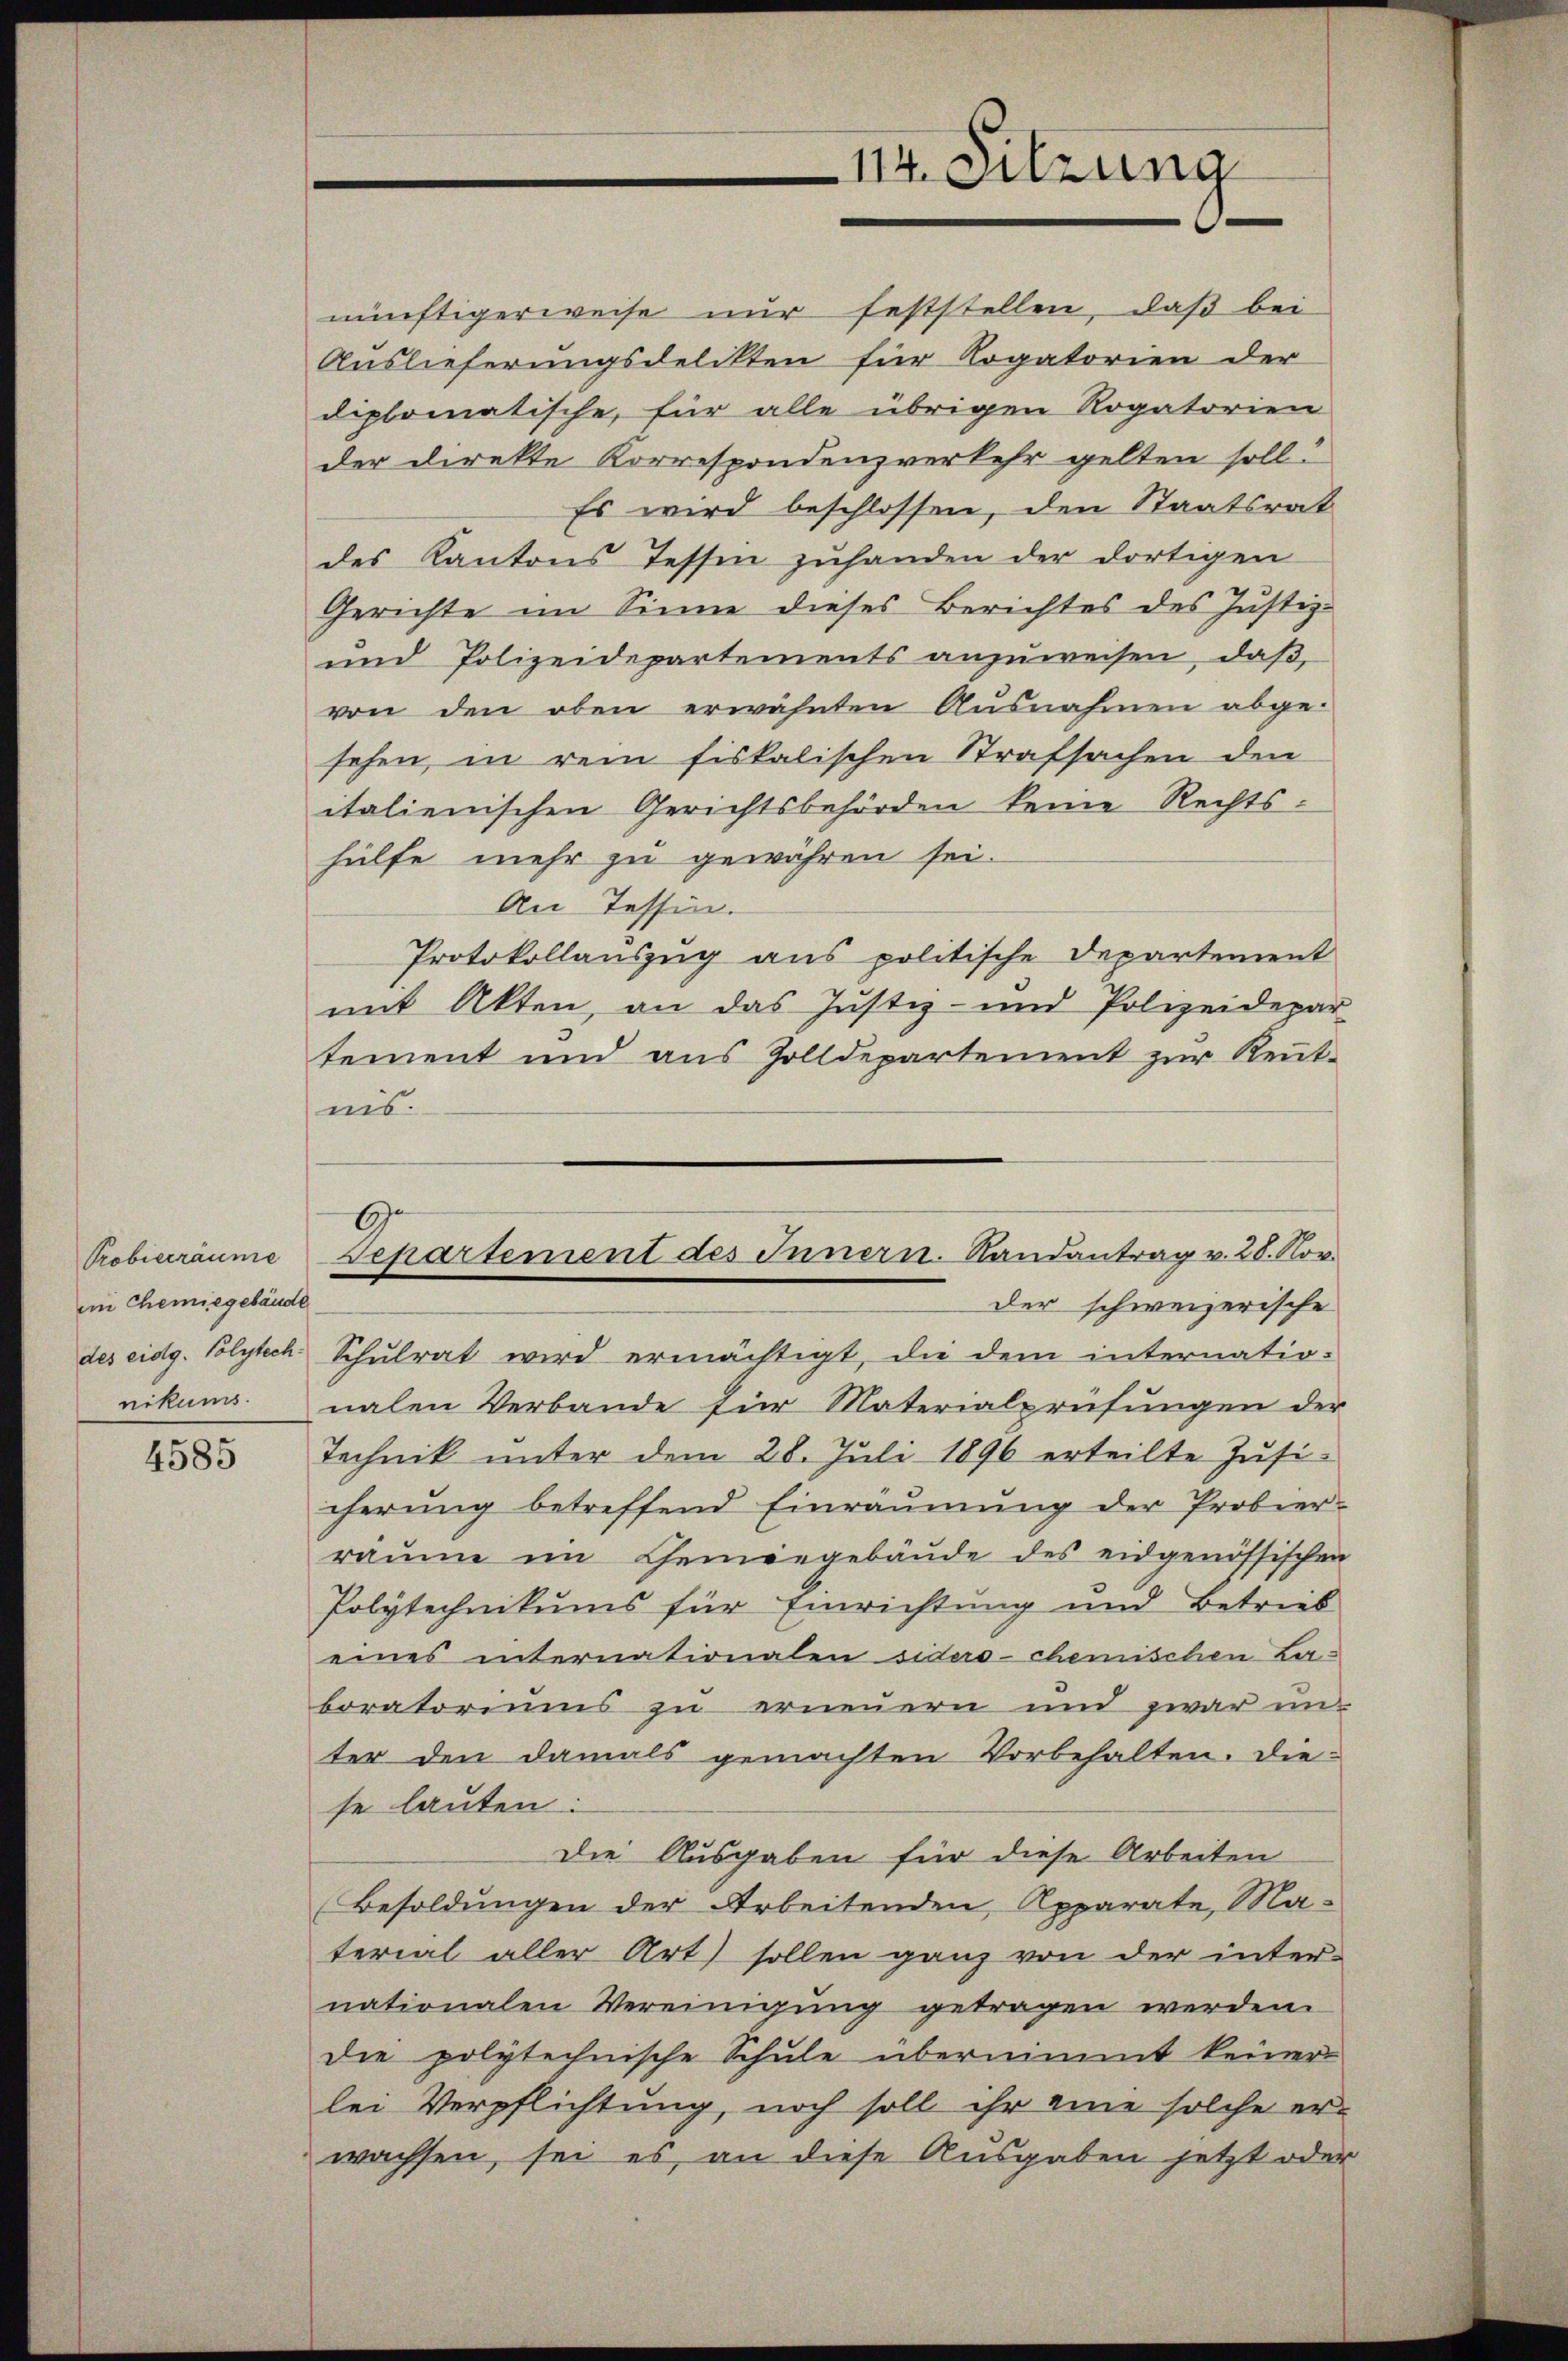
Probierräume
im Chemiegebäude
des eidg. Polytech

4585

nünftigerweise nur feststellen, daß bei
Auslieferungsdelikten für Rogatorien der
diplomatische, für alle übrigen Rogatorien
der Direkte Korrespondenz verkehr gelten soll?
Es wird beschlossen, den Staatsrat
des Kantons Tessen zuhanden der dortigen
Gerichte im Sinne dieses Berichtes des Justiz-
und Polizeidepartements anzuweisen, daß,
von den oben erwähnten Ausnahmen abge-
sehen, in rein fiskalischen Strafsachen den
italienischen Gerichtsbehörden keine Rechts-
hülfe mehr zu gewähren sei.
An Tessin.
Protokollauszug aus politische Departement
mit Akten, an das Justiz- und Polizeidepar-
tement und aus Zolldepartement zur Kenntnis.
Schulrat wird ermächtigt, die dem internatio-
nikums nalen Verbande für Materialprüfungen der
Technik unter dem 28. Juli 1896 erteilte Jusi-
cherung betreffend Einräumung der Probier-
räume im Chemöngebäŭde des eidgenössischen
Polytechnikums für Einrichtung und Betreib
eines internationalen siderschemischen Zuboratoriums zu erneuern und zwar unter den damals gemachten Vorbehalten. Die-
se lauten:
Die Ausgaben für diese Arbeiten
Besoldungen der Arbeitenden Apparate, Material aller Art sollen ganz von der inter-
nationalen Vereinigung getragen werden.
die polytechnische Schule übernimmt keiner
lei Verpflichtung, noch soll ihr eine solche er-
wachsen, sei es, an diese Ausgaben jetzt oder

II4. Sitzung

6.
Separtement des Innern. Randantrag v. 28. Nov.
der schweizerische